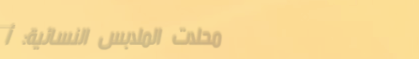
محلات الملابس النسائية: أ